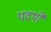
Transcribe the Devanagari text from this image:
पदर्थों